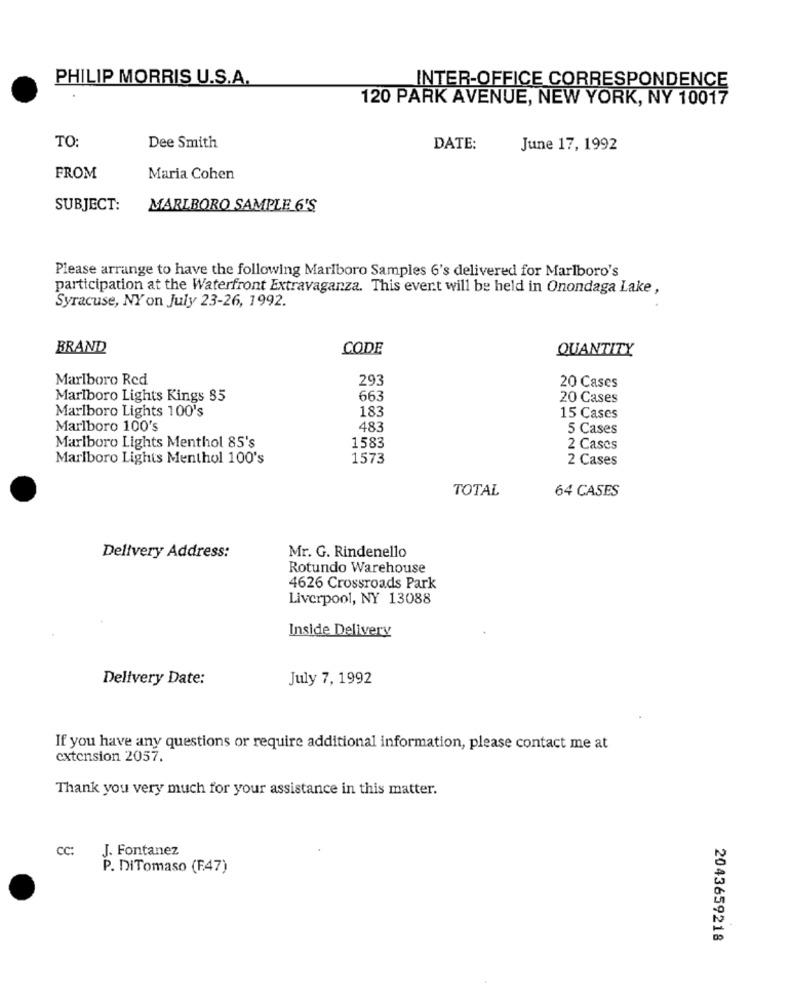
PHILIP MORRIS U.S.A.
INTER-OFFICE CORRESPONDENCE
120 PARK AVENUE, NEW YORK, NY 10017
TO:
Dee Smith
DATE:
June 17, 1992
FROM
Maria Cohen
SUBJECT:
MARLBORO SAMPLE 6'S
Please arrange to have the following Marlboro Samples 6's delivered for Marlboro's
participation at the Waterfront Extravaganza. This event will be held in Onondaga Lake ,
Syracuse, NY on July 23-26, 1992.
BRAND
CODE
QUANTITY
Marlboro Red
293
20 Cases
Marlboro Lights Kings 85
663
20 Cases
Marlboro Lights 100's
183
15 Cases
Marlboro 100's
483
5 Cases
Marlboro Lights Menthol 85's
1583
2 Cases
Marlboro Lights Menthol 100's
1573
2 Cases
TOTAL
64 CASES
Delivery Address:
Mr. G. Rindenello
Rotundo Warehouse
4626 Crossroads Park
Liverpool, NY 13088
Inside Delivery
Delivery Date:
July 7, 1992
If you have any questions or require additional information, please contact me at
extension 2057.
Thank you very much for your assistance in this matter.
CC:
J. Fontanez
P. DiTomaso (F.47)
2043659218